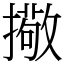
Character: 擏